Report on vaccination for the Province of Oudh 1872 -
Year: 1872
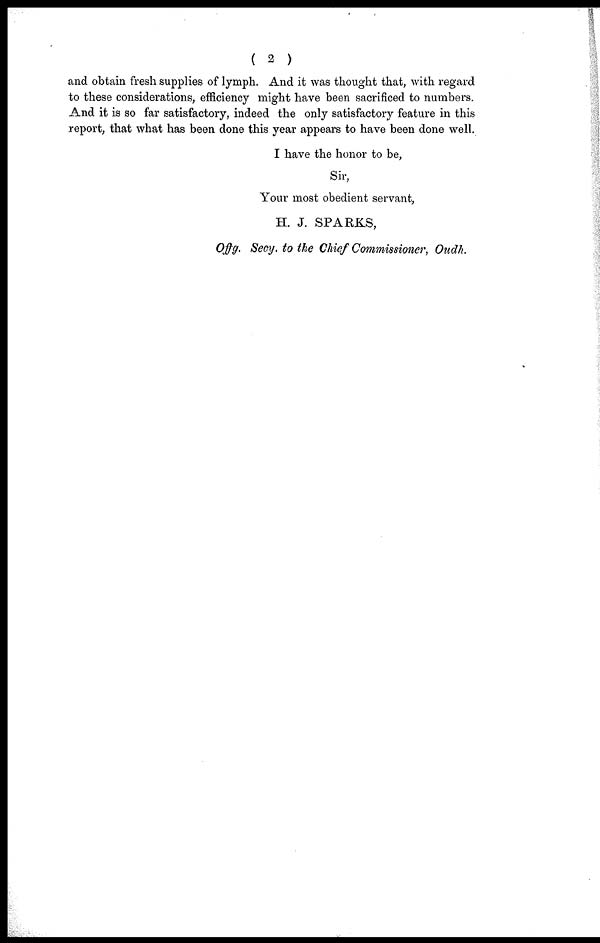
( 2 )
and obtain fresh supplies of lymph. And it was thought that, with regard
to these considerations, efficiency might have been sacrificed to numbers.
And it is so far satisfactory, indeed the only satisfactory feature in this
report, that what has been done this year appears to have been done well.
I have the honor to be,
Sir,
Your most obedient servant,
H. J. SPARKS,
Offg. Secy. to the Chief Commissioner, Oudh.